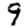
Digit: 9